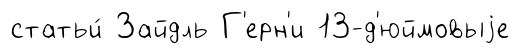
статьи́ Зайдль Г'ерн'и 13-д'юймовыjе